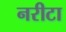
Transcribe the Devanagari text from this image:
नरीटा